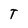
Character: T